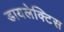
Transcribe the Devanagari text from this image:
डायलेक्टिस